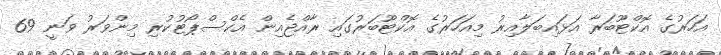
އަހަރުގެ އޮކްޓޫބަރާ އަޅައިބަލާއިރު މިއަހަރުގެ އޮކްޓޫބަރުގައި ރާއްޖެއިން އެކްސްޕޯޓުކުރި މިންވަރު ވަނީ 69